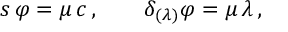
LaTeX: s \, \varphi = \mu \, c \, , ~ ~ ~ ~ ~ ~ \delta _ { ( \lambda ) } \varphi = \mu \, \lambda \, ,